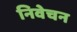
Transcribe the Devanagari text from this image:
निवेचन